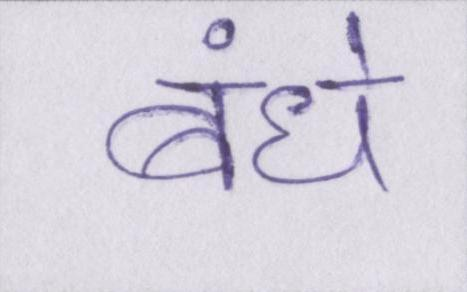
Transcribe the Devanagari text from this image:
बंधे